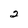
Character: 2